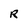
Character: R